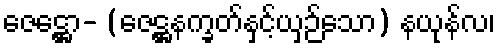
ဇေဋ္ဌော- (ဇေဋ္ဌနက္ခတ်နှင့်ယှဉ်သော) နယုန်လ၊